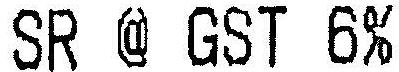
SR @ GST 6%